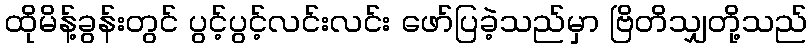
ထိုမိန့်ခွန်းတွင် ပွင့်ပွင့်လင်းလင်း ဖော်ပြခဲ့သည်မှာ ဗြိတိသျှတို့သည်